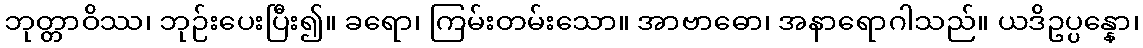
ဘုတ္တာဝိဿ၊ ဘုဉ်းပေးပြီး၍။ ခရော၊ ကြမ်းတမ်းသော။ အာဗာဓော၊ အနာရောဂါသည်။ ယဒိဥပ္ပန္နော၊